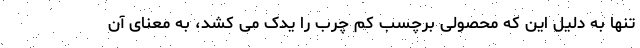
تنها به دلیل این که محصولی برچسب کم چرب را یدک می کشد، به معنای آن